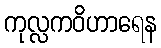
ကုလ္လကဝိဟာရေန